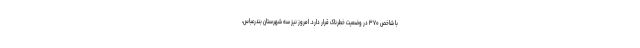
با شاخص ۳۷۰ در وضعیت خطرناک قرار دارد. امروز نیز سه شهرستان بندرعباس،